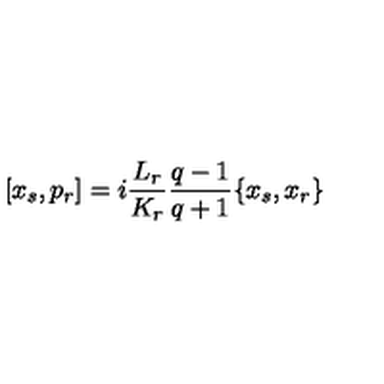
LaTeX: [ x _ { s } , p _ { r } ] = i \frac { L _ { r } } { K _ { r } } \frac { q - 1 } { q + 1 } \{ x _ { s } , x _ { r } \}